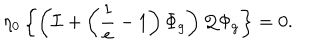
LaTeX: \eta _ { 0 } \left\{ \left( { \cal I } + \left( \frac { 1 } { e } - 1 \right) \Phi _ { g } \right) { \cal Q } \Phi _ { g } \right\} = 0 .